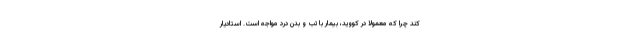
کند چرا که معمولا در کووید، بیمار با تب و بدن درد مواجه است. استادیار